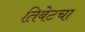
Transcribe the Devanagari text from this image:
तिबेटचा